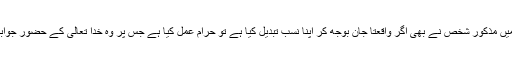
سوال میں مذکور شخص نے بھی اگر واقعتاً جان بوجھ کر اپنا نسب تبدیل کیا ہے تو حرام عمل کیا ہے جس پر وہ خدا تعالیٰ کے حضور جوابدہ ہے۔